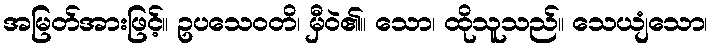
အမြတ်အားဖြင့်။ ဥပသေဝတိ၊ မှီဝဲ၏။ သော၊ ထိုသူသည်။ သေယျံသော၊